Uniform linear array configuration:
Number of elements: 32
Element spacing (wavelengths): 0.75
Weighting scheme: kaiser
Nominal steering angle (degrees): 15
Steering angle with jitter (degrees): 16.847
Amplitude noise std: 0.05
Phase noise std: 0.05

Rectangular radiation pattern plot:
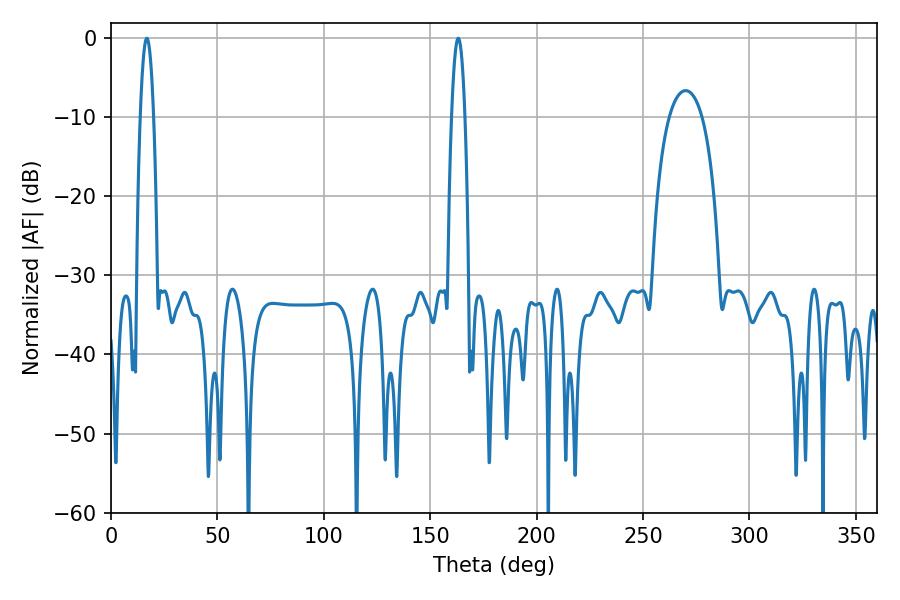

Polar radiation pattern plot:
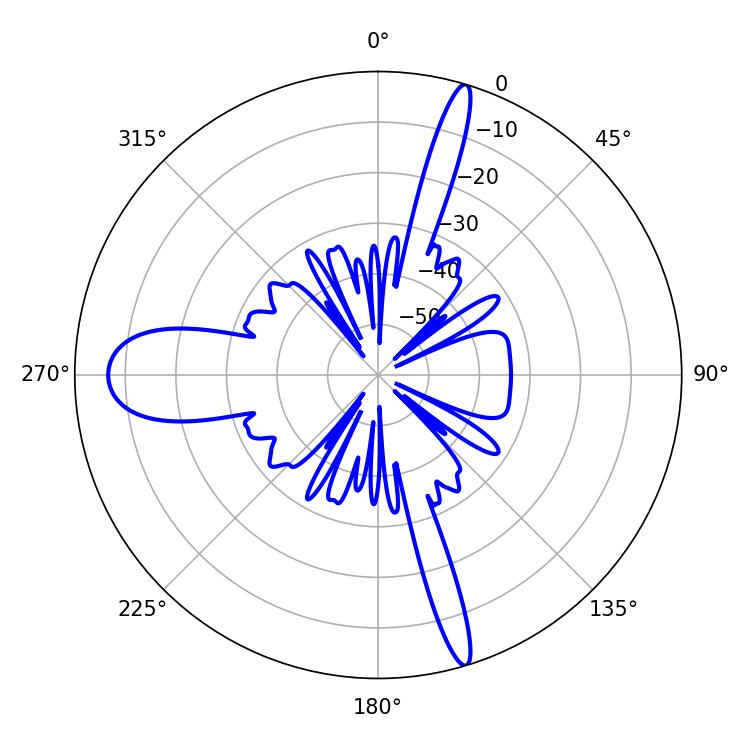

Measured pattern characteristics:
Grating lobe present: TRUE
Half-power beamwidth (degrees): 3.42
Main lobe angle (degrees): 16.92